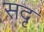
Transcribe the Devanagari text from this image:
सदृ